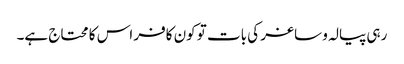
رہی پیالہ و ساغر کی بات تو کون کافر اس کا محتاج ہے۔